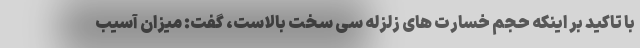
با تاکید بر اینکه حجم خسارت های زلزله سی سخت بالاست، گفت: میزان آسیب